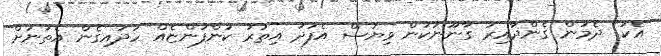
އެކު" ދެމުން ގެންދާއިރު ގާނޫނަކުން ވިޔަސް އެފަދަ އިތުރު ކުންފުންޏެއް ހަދައިގެން އެތަނަށް